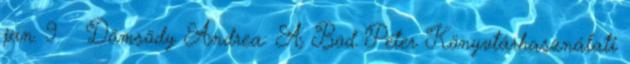
jan. 9. ↑ Dömsödy Andrea: A Bod Péter Könyvtárhasználati